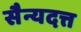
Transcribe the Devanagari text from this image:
सैन्यदत्त